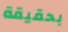
بحقيقة